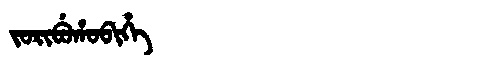
Manchu: ᠵᠣᡵᡳᠪᡠᡥᠣᠪᡳᡥᡝ
Romanization: JORIBUHOBIHE